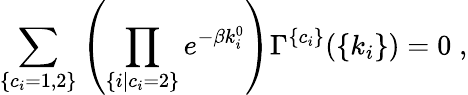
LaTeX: \sum_{\{ c_{i}=1,2\} }\left(\prod_{\{ i|c_{i}=2\} }e^{-\beta k_{i}^{0}}\right)\Gamma^{\{ c_{i}\} }(\{ k_{i}\} )=0\; ,